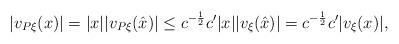
LaTeX: \begin{align*} |v_{P\xi}(x)| = |x| |v_{P\xi}(\hat{x})| \leq c^{-\frac{1}{2}} c' |x| |v_\xi(\hat{x})| = c^{-\frac{1}{2}} c' |v_\xi(x)|,\end{align*}